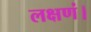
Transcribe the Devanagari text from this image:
लक्षणं।